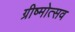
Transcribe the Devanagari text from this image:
ग्रीष्मोत्सव